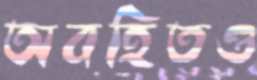
অবহিতও